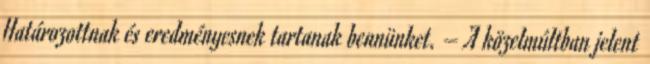
Határozottnak és eredményesnek tartanak bennünket. – A közelmúltban jelent